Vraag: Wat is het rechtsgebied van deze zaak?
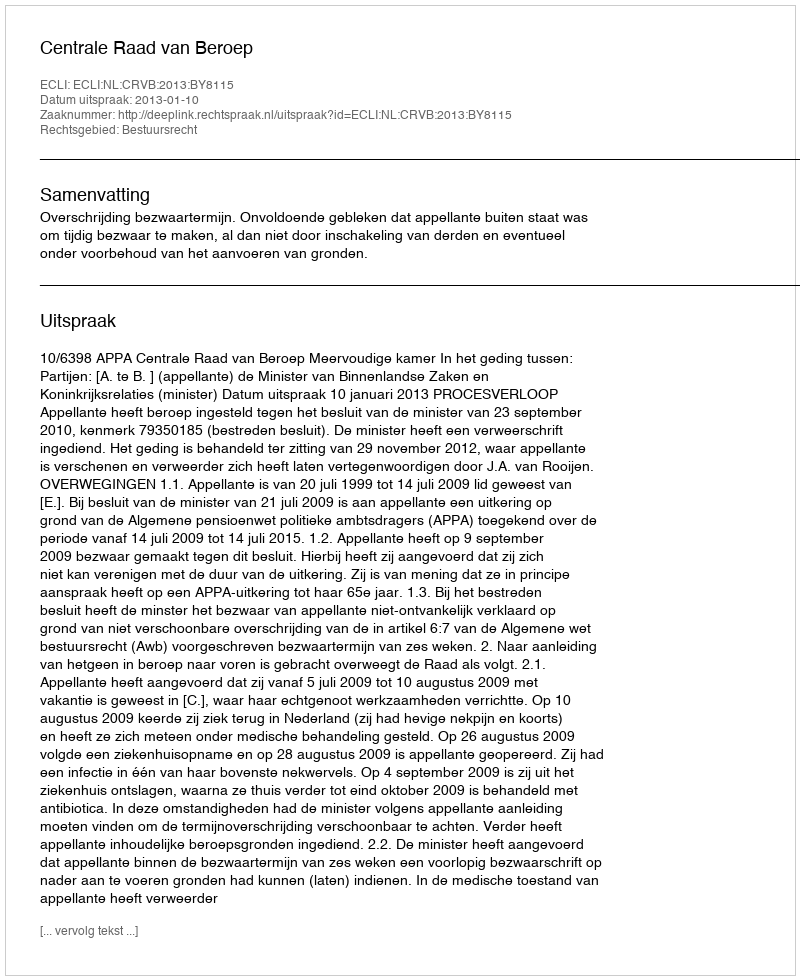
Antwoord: Bestuursrecht